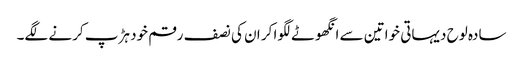
سادہ لوح دیہاتی خواتین سے انگھوٹے لگوا کر ان کی نصف رقم خود ہڑپ کرنے لگے۔